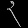
Digit: ၃